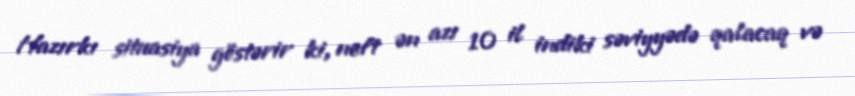
Hazırkı situasiya göstərir ki, neft ən azı 10 il indiki səviyyədə qalacaq və